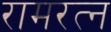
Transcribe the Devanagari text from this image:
रामरत्‍न